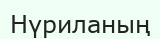
Нүриланың